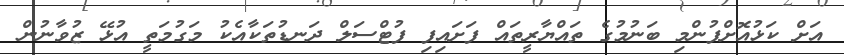
އަށް ކަޅުއޮށްފުންމި ބަނުމުގެ ތައްޔާރީތައް ފަށައިފި ފުޓްސަލް ދަނޑުތަކާއެކު މަގުމަތީ އުޅޭ ޒުވާނުން